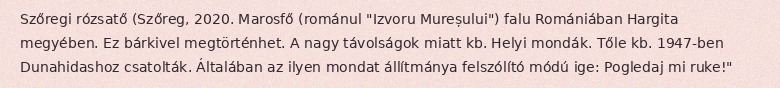
Szőregi rózsatő (Szőreg, 2020. Marosfő (románul "Izvoru Mureșului") falu Romániában Hargita megyében. Ez bárkivel megtörténhet. A nagy távolságok miatt kb. Helyi mondák. Tőle kb. 1947-ben Dunahidashoz csatolták. Általában az ilyen mondat állítmánya felszólító módú ige: Pogledaj mi ruke!"